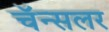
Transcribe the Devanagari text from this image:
चॅन्सलर